Indian journal of veterinary science and animal husbandry - Volumes 24-25, 1954-1955
Year: 1954
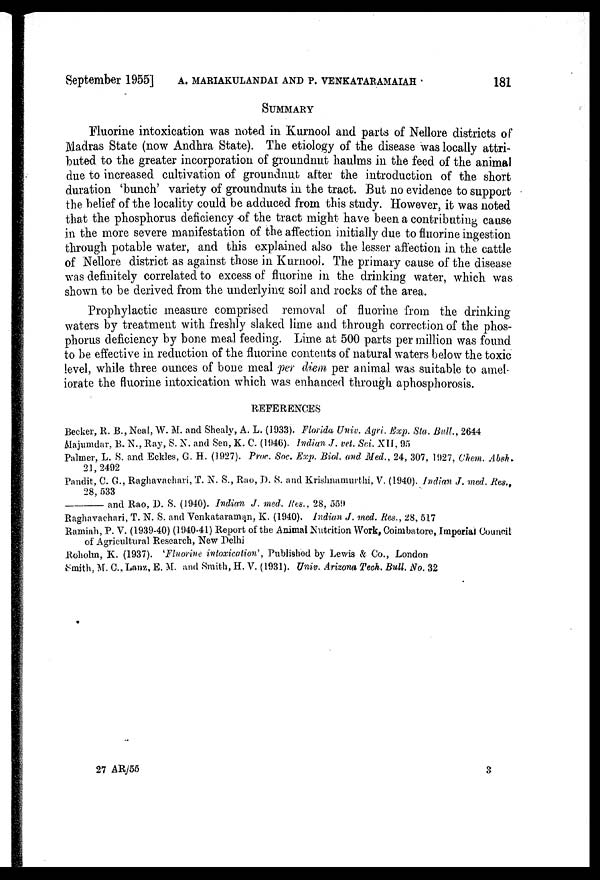
September 1955] A. MARIAKULANDAI AND P. VENKATARAMAIAH 181
SUMMARY
Fluorine intoxication was noted in Kurnool and parts of Nellore districts of
Madras State (now Andhra State). The etiology of the disease was locally attri-
buted to the greater incorporation of groundnut haulms in the feed of the animal
due to increased cultivation of groundnut after the introduction of the short
duration 'bunch' variety of groundnuts in the tract. But no evidence to support
the belief of the locality could be adduced from this study. However, it was noted
that the phosphorus deficiency of the tract might have been a contributing cause
in the more severe manifestation of the affection initially due to fluorine ingestion
through potable water, and this explained also the lesser affection in the cattle
of Nellore district as against those in Kurnool. The primary cause of the disease
was definitely correlated to excess of fluorine in the drinking water, which was
shown to be derived from the underlying soil and rocks of the area.
Prophylactic measure comprised removal of fluorine from the drinking
waters by treatment with freshly slaked lime and through correction of the phos-
phorus deficiency by bone meal feeding. Lime at 500 parts per million was found
to be effective in reduction of the fluorine contents of natural waters below the toxic
level, while three ounces of bone meal per diem per animal was suitable to amel-
iorate the fluorine intoxication which was enhanced through aphosphorosis.
REFERENCES
Becker, R. B., Neal, W. M. and Shealy, A. L. (1933). Florida Univ. Agri. Exp. Sta. Bull., 2644
Majumdar, B. N., Ray, S. N. and Sen, K. C. (1946). Indian J. vet. Sci. XII, 95
Palmer, L. S. and Eckles, G. H. (1927). Proc. Soc. Exp. Biol. and Med., 24, 307, 1927, Chem. Absh.
21, 2492
Pandit, C. G., Raghavachari, T. N. S., Rao, D. S. and Krishnamurthi, V. (1940). Indian J. med. Res.,
28, 533
and Rao, D. S. (1940). Indian J. med. Res., 28, 559
Raghavachari, T. N. S. and Venkataraman, K. (1940). Indian J. med. Res., 28, 517
Ramiah, P. V. (1939-40) (1940-41) Report of the Animal Nutrition Work, Coimbatore, Imperial Council
of Agricultural Research, New Delhi
Roholm, K. (1937). 'Fluorine intoxication', Published by Lewis & Co., London
Smith, M. C., Lanz, E. M. and Smith, H. V. (1931). Univ. Arizona Tech. Bull. No. 32
27 AR/55
3